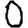
Digit: 0